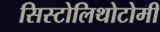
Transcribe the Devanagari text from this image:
सिस्टोलिथोटोमी